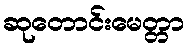
ဆုတောင်းမေတ္တာ